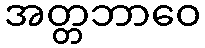
အတ္တဘာဝေ